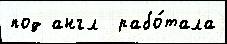
под англ  рабо́тала